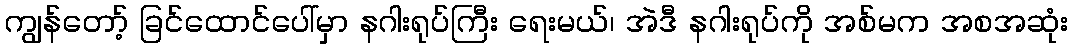
ကျွန်တော့် ခြင်ထောင်ပေါ်မှာ နဂါးရုပ်ကြီး ရေးမယ်၊ အဲဒီ နဂါးရုပ်ကို အစ်မက အစအဆုံး